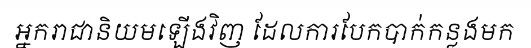
អ្នករាជានិយមឡើងវិញ ដែលការបែកបាក់កន្លងមក